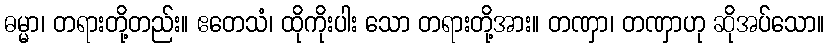
ဓမ္မာ၊ တရားတို့တည်း။ ဧတေသံ၊ ထိုကိုးပါး သော တရားတို့အား။ တဏှာ၊ တဏှာဟု ဆိုအပ်သော။